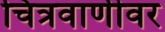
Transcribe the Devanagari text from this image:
चित्रवाणीवर